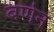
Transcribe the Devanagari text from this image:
बर्णन